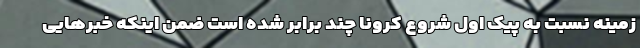
زمینه نسبت به پیک اول شروع کرونا چند برابر شده است ضمن اینکه خبرهایی